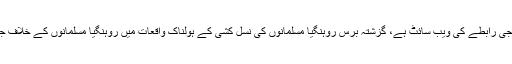
فیس بک میانمار میں استعمال ہونے والی سب سے بڑی سماجی رابطے کی ویب سائٹ ہے، گزشتہ برس روہنگیا مسلمانوں کی نسل کشی کے ہولناک واقعات میں روہنگیا مسلمانوں کے خلاف جذبات اکسانے کے لیے بھی فیس بک کو استعمال کیا گیا تھا۔